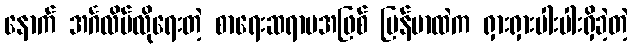
နောက် အင်္ဂလိပ်လိုရေးတဲ့ စာရေးဆရာမအဖြစ် မြန်မာထဲက ရှားရှားပါးပါးရှိခဲ့တဲ့